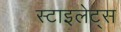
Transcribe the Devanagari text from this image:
स्टाइलेट्स